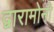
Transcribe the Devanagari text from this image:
द्वारामोनो